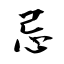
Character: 忌